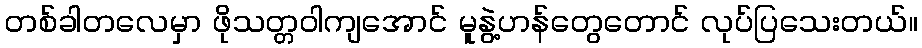
တစ်ခါတလေမှာ ဖိုသတ္တဝါကျအောင် မူနွဲ့ဟန်တွေတောင် လုပ်ပြသေးတယ်။